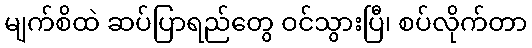
မျက်စိထဲ ဆပ်ပြာရည်တွေ ဝင်သွားပြီ၊ စပ်လိုက်တာ